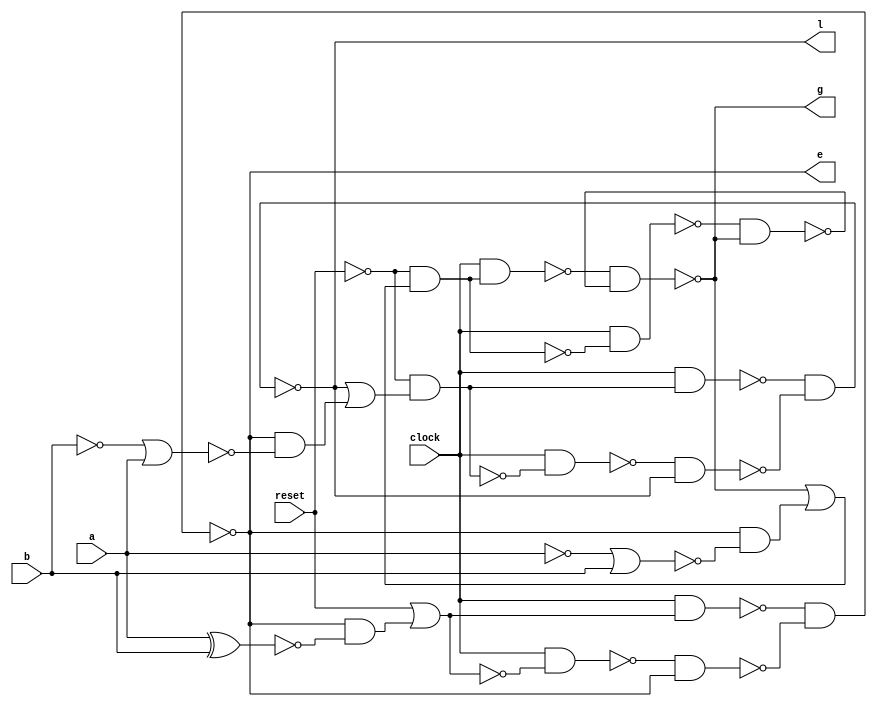
module serial_comparator (
    input   a,
    input   b,
    input   reset,
    input   clock,
    output  g,
    output  e,
    output  l
);

wire g_d, g_i1, g_i2, g_not;
wire e_d, e_i1, e_i2, e_not;
wire l_d, l_i1, l_i2, l_not;

/* g reg (g_d is input) */
assign g_i1     = ~(clock & g_d);
assign g_i2     = ~(clock & ~g_d);
assign g        = ~(g_i1 & g_not);
assign g_not    = ~(g_i2 & g);
/* g reg */

/* e reg (e_d is input) */
assign e_i1     = ~(clock & e_d);
assign e_i2     = ~(clock & ~e_d);
assign e        = ~(e_i1 & e_not);
assign e_not    = ~(e_i2 & e);
/* e reg */

/* l reg (l_d is input) */
assign l_i1     = ~(clock & l_d);
assign l_i2     = ~(clock & ~l_d);
assign l        = ~(l_i1 & l_not);
assign l_not    = ~(l_i2 & l);
/* l reg */


assign g_d = ~reset & (g | (e & ~((~a) | b)));
assign e_d = reset | (e & ~(a ^ b));
assign l_d = ~reset & (l | (e & ~((~b) | a)));

endmodule